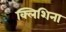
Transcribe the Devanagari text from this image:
क्लिशिना